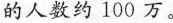
的人数约100万。